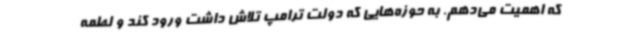
که اهمیت می‌دهم. به حوزه‌هایی که دولت ترامپ تلاش داشت ورود کند و لطمه